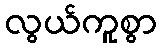
လွယ်ကူစွာ